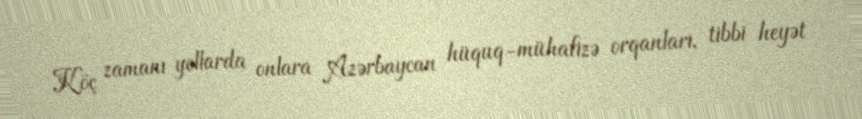
Köç zamanı yollarda onlara Azərbaycan hüquq-mühafizə orqanları, tibbi heyət